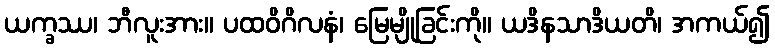
ယက္ခဿ၊ ဘီလူးအား။ ပထဝိဂိလနံ၊ မြေမျိုခြင်းကို။ ယဒိနသာဒိယတိ၊ အကယ်၍